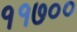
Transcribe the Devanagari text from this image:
११७००